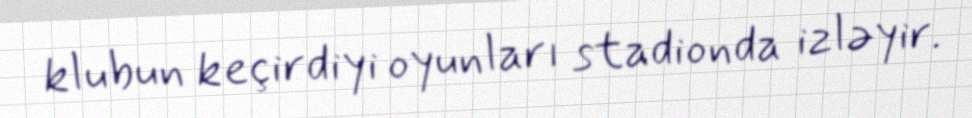
klubun keçirdiyi oyunları stadionda izləyir.